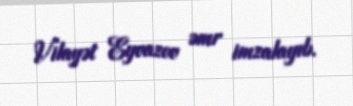
Vilayət Eyvazov əmr imzalayıb.